Indian journal of veterinary science and animal husbandry - Volume 6,
Year: 1936
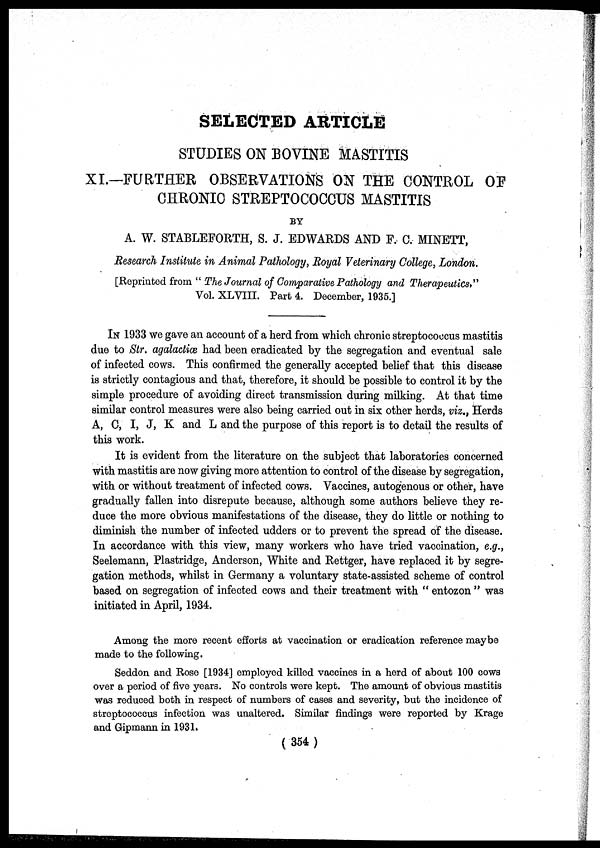
SELECTED ARTICLE
STUDIES ON BOVINE MASTITIS
XI.—FURTHER OBSERVATIONS ON THE CONTROL OF
CHRONIC STREPTOCOCCUS MASTITIS
BY
A. W. STABLEFORTH, S. J. EDWARDS AND F. C. MINETT,
Research Institute in Animal Pathology, Royal Veterinary College, London.
[Reprinted from " The Journal of Comparative Pathology and Therapeutics,"
Vol. XLVIII. Part 4. December, 1935.]
IN 1933 we gave an account of a herd from which chronic streptococcus mastitis
due to Str. agalactiæ had been eradicated by the segregation and eventual sale
of infected cows. This confirmed the generally accepted belief that this disease
is strictly contagious and that, therefore, it should be possible to control it by the
simple procedure of avoiding direct transmission during milking. At that time
similar control measures were also being carried out in six other herds, viz., Herds
A, C, I, J, K and L and the purpose of this report is to detail the results of
this work.
It is evident from the literature on the subject that laboratories concerned
with mastitis are now giving more attention to control of the disease by segregation,
with or without treatment of infected cows. Vaccines, autogenous or other, have
gradually fallen into disrepute because, although some authors believe they re-
duce the more obvious manifestations of the disease, they do little or nothing to
diminish the number of infected udders or to prevent the spread of the disease.
In accordance with this view, many workers who have tried vaccination, e.g.,
Seelemann, Plastridge, Anderson, White and Rettger, have replaced it by segre-
gation methods, whilst in Germany a voluntary state-assisted scheme of control
based on segregation of infected cows and their treatment with " entozon " was
initiated in April, 1934.
Among the more recent efforts at vaccination or eradication reference maybe
made to the following.
Seddon and Rose [1934] employed killed vaccines in a herd of about 100 cows
over a period of five years. No controls were kept. The amount of obvious mastitis
was reduced both in respect of numbers of cases and severity, but the incidence of
streptococcus infection was unaltered. Similar findings were reported by Krage
and Gipmann in 1931.
( 354)